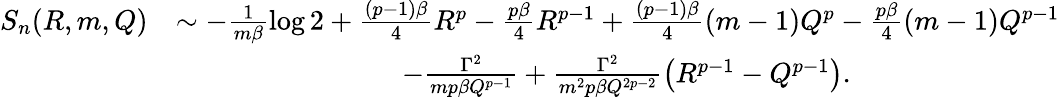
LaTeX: \begin{array}{rl}{S_{n}(R,m,Q)}&{\sim-\frac{1}{m\beta}\log{2}+\frac{(p-1)\beta}{4}R^{p}-\frac{p\beta}{4}R^{p-1}+\frac{(p-1)\beta}{4}(m-1)Q^{p}-\frac{p\beta}{4}(m-1)Q^{p-1}}\\ &{\qquad\qquad\qquad\qquad-\frac{\Gamma^{2}}{mp\beta Q^{p-1}}+\frac{\Gamma^{2}}{m^{2}p\beta Q^{2p-2}}\big(R^{p-1}-Q^{p-1}\big).}\end{array}